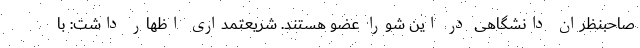
صاحبنظران دانشگاهی در این شورا عضو هستند. شریعتمداری اظهار داشت: با